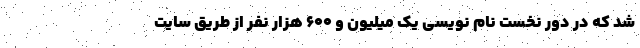
شد که در دور نخست نام نویسی یک میلیون و ۶۰۰ هزار نفر از طریق سایت